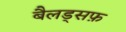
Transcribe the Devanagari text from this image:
बैलड्सफ़